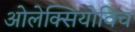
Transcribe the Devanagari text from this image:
ओलेक्सियोविच